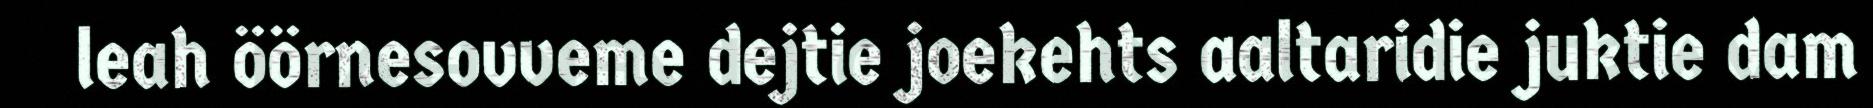
leah öörnesovveme dejtie joekehts aaltaridie juktie dam